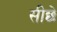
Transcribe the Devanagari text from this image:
सीछे